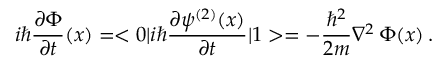
i \hbar { \frac { \partial \Phi } { \partial t } } ( x ) = < 0 | i \hbar { \frac { \partial \psi ^ { ( 2 ) } ( x ) } { \partial t } } | 1 > = - { \frac { \hbar ^ { 2 } } { 2 m } } \nabla ^ { 2 } \, \Phi ( x ) \, .